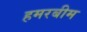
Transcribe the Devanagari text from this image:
हमरबीम